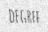
DEGREE